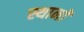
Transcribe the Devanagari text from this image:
स्थानॉ